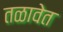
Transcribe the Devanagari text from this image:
तळावेत